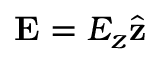
\mathbf { E } = E _ { z } \hat { \mathbf { z } }